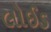
લોઈડ